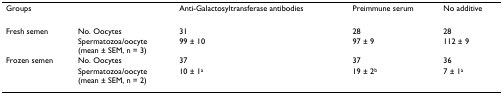
<table><thead><tr><td><b>Groups</b></td><td></td><td><b>Anti-Galactosyltransferase antibodies</b></td><td><b>Preimmune serum</b></td><td><b>No additive</b></td></tr></thead><tbody><tr><td>Fresh semen</td><td>No. Oocytes</td><td>31</td><td>28</td><td>28</td></tr><tr><td></td><td>Spermatozoa/oocyte(mean ± SEM, n = 3)</td><td>99 ± 10</td><td>97 ± 9</td><td>112 ± 9</td></tr><tr><td>Frozen semen</td><td>No. Oocytes</td><td>37</td><td>37</td><td>36</td></tr><tr><td></td><td>Spermatozoa/oocyte(mean ± SEM, n = 2)</td><td>10 ± 1<sup>a</sup></td><td>19 ± 2<sup>b</sup></td><td>7 ± 1<sup>a</sup></td></tr></tbody></table>